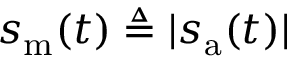
s _ { \mathrm { m } } ( t ) \triangleq | s _ { \mathrm { a } } ( t ) |